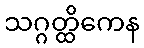
သဂ္ဂတ္ထိကေန